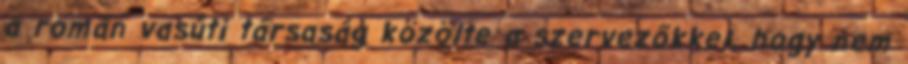
a román vasúti társaság közölte a szervezőkkel, hogy nem